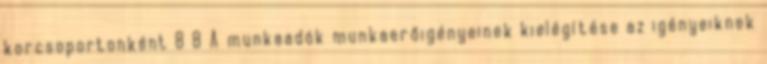
korcsoportonként 8 8 A munkaadók munkaerőigényeinek kielégítése az igényeiknek